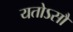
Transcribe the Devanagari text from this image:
यतोऽसौ